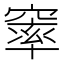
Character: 𮄓